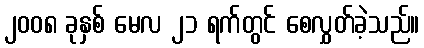
၂၀၀၈ ခုနှစ် မေလ ၂၁ ရက်တွင် စေလွှတ်ခဲ့သည်။